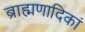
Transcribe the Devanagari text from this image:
ब्राह्मणादिकां